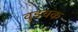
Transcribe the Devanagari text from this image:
वुडचक